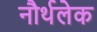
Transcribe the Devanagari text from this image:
नौर्थलेक